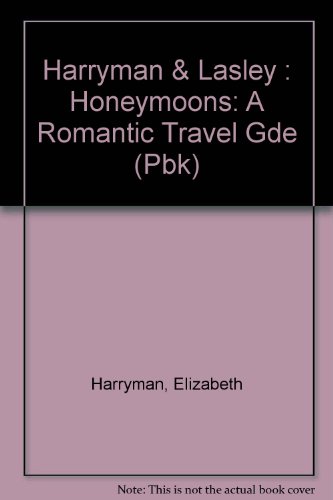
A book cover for Honeymoons; Elizabeth Harryman; Crafts, Hobbies & Home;